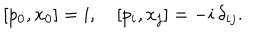
LaTeX: [ p _ { 0 } , x _ { 0 } ] = i , \quad [ p _ { i } , x _ { j } ] = - i \, \delta _ { i j } .